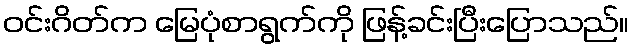
ဝင်းဂိတ်က မြေပုံစာရွက်ကို ဖြန့်ခင်းပြီးပြောသည်။